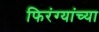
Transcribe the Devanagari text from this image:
फिरंग्यांच्या